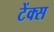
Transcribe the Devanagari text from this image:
टेंक्स